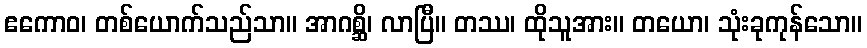
ဧကောဝ၊ တစ်ယောက်သည်သာ။ အာဂစ္ဆိ၊ လာပြီ။ တဿ၊ ထိုသူအား။ တယော၊ သုံးခုကုန်သော။